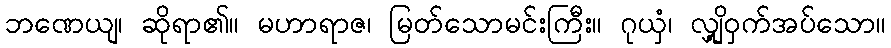
ဘဏေယျ၊ ဆိုရာ၏။ မဟာရာဇ၊ မြတ်သောမင်းကြီး။ ဂုယှံ၊ လျှို့ဝှက်အပ်သော။